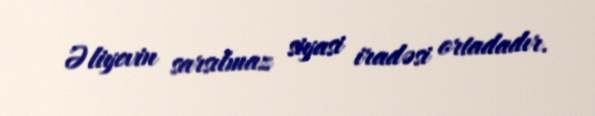
Əliyevin sarsılmaz siyasi iradəsi ortadadır.